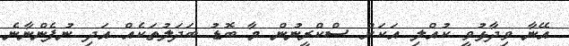
އޭނާ ވިދާޅުވީ ކުއްލި އަކަށް ސްކްރީނުން މާ ބޮޑު ބަދަލުތަކެއް އަދި ނުފެންނާނެ